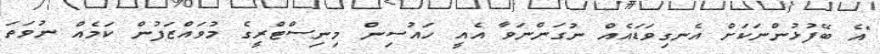
"އެ ބޭފުޅުންނަކަށް އެނގިވަޑައެއް ނުގަންނަވާ އެއީ ހައުސިން މިނިސްޓްރީގެ މުވައްޒަފުން ކަމެއް ނުވަތަ